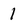
Character: 1